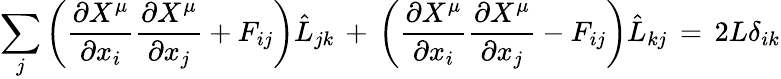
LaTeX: \sum_{j}\left(\frac{\partial X^{\mu}}{\partial x_{i}}\frac{\partial X^{\mu}}{\partial x_{j}}+F_{ij}\right)\hat{L}_{jk}\, +\, \left(\frac{\partial X^{\mu}}{\partial x_{i}}\frac{\partial X^{\mu}}{\partial x_{j}}-F_{ij}\right)\hat{L}_{kj}\, =\, 2L\delta_{ik}